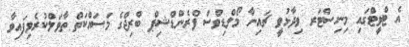
އެ ޓްވީޓްގައި މިނިސްޓަރ ވިދާޅުވީ ޗައިނާ މޯލްޑިވްސް ފްރެންޑްޝިޕް ބްރިޖްގެ މަސައްކަތް ތާވަލްކުރެވިފައިވާ